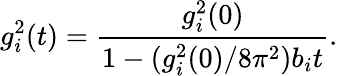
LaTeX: g_{i}^{2}(t)={\frac{g_{i}^{2}(0)}{1-(g_{i}^{2}(0)/8\pi^{2})b_{i}t}}.